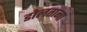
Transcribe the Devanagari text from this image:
डोलताना